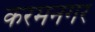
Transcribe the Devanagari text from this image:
करमनगर